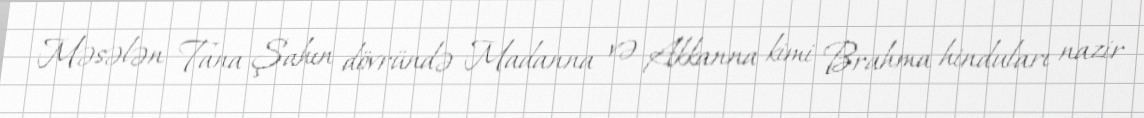
Məsələn Tana Şahın dövründə Madanna və Akkanna kimi Brahma hinduları nazir